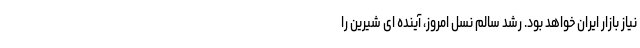
نیاز بازار ایران خواهد بود. رشد سالم نسل امروز، آینده ای شیرین را